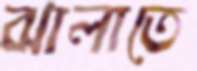
ঝালাতে